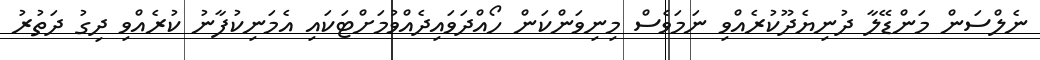
ނެލްސަން މަންޑޭލާ ދުނިޔެދޫކުރެއްވި ނަމަވެސް މިނިވަންކަން ހޯއްދަވައިދެއްވުމަށްޓަކައި އެމަނިކުފާނު ކުރެއްވި ދިގު ދަތުރު